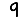
Digit: 9